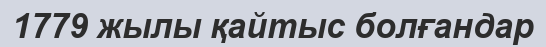
1779 жылы қайтыс болғандар